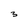
Character: 3